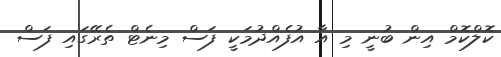
ކޮލްކޮމް އިން ބުނީ މި އާ އުފެއްދުމަކީ ފަސް މިނެޓް ތެރޭގައި ފަސް